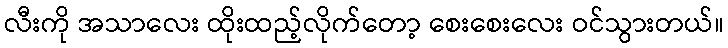
လီးကို အသာလေး ထိုးထည့်လိုက်တော့ စေးစေးလေး ဝင်သွားတယ်။